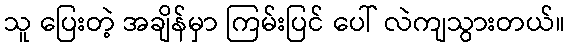
သူ ပြေးတဲ့ အချိန်မှာ ကြမ်းပြင် ပေါ် လဲကျသွားတယ်။